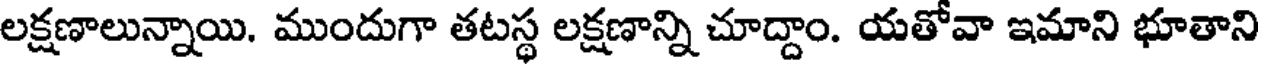
లక్షణాలున్నాయి. ముందుగా తటస్థ లక్షణాన్ని చూద్దాం. యతోవా ఇమాని భూతాని